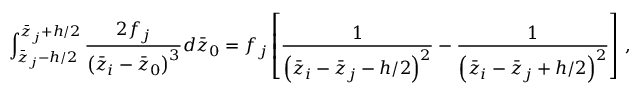
\int _ { \bar { z } _ { j } - h / 2 } ^ { \bar { z } _ { j } + h / 2 } \frac { 2 f _ { j } } { \left( \bar { z } _ { i } - \bar { z } _ { 0 } \right) ^ { 3 } } d \bar { z } _ { 0 } = f _ { j } \left[ \frac { 1 } { \left( \bar { z } _ { i } - \bar { z } _ { j } - h / 2 \right) ^ { 2 } } - \frac { 1 } { \left( \bar { z } _ { i } - \bar { z } _ { j } + h / 2 \right) ^ { 2 } } \right] \, ,